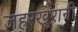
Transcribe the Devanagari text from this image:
जहरखुरानी